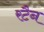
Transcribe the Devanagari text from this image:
रटैन